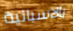
بالاسبانية